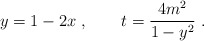
\begin{align*}y = 1-2x \, \, , \qquad t = \frac{4m^{2}}{1-y^{2}} \, \, .\end{align*}